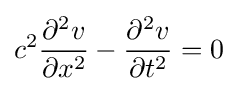
c^{2}{\frac {\partial ^{2}v}{\partial x^{2}}}-{\frac {\partial ^{2}v}{\partial t^{2}}}=0